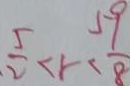
\frac { 5 } { 2 } < r < \frac { 5 9 } { 8 }